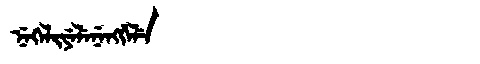
Manchu: ᠨᡝᡴᡝᠯᡳᠶᡝᠯᡝᠨᡝᠩᡤᡝᠯᡝ
Romanization: NEKELIYELENENGGELE